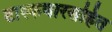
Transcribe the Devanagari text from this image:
टास्कबारसहित